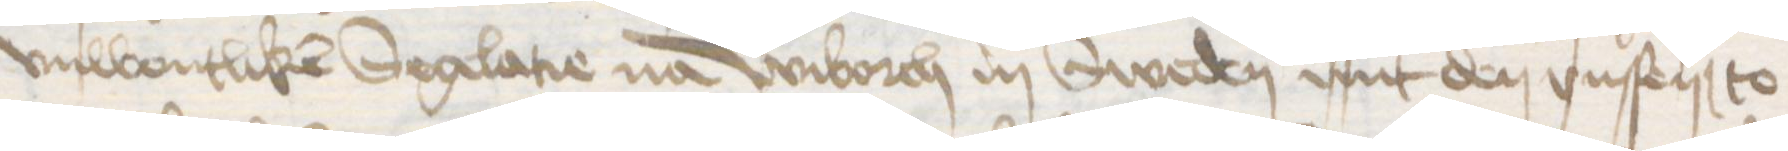
vnwonlicken Seglatie na Wiborch in Sweden mit den vnsen to